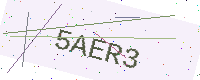
Text: 5AER3